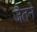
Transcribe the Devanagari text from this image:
जैतने